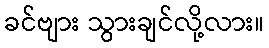
ခင်ဗျား သွားချင်လို့လား။